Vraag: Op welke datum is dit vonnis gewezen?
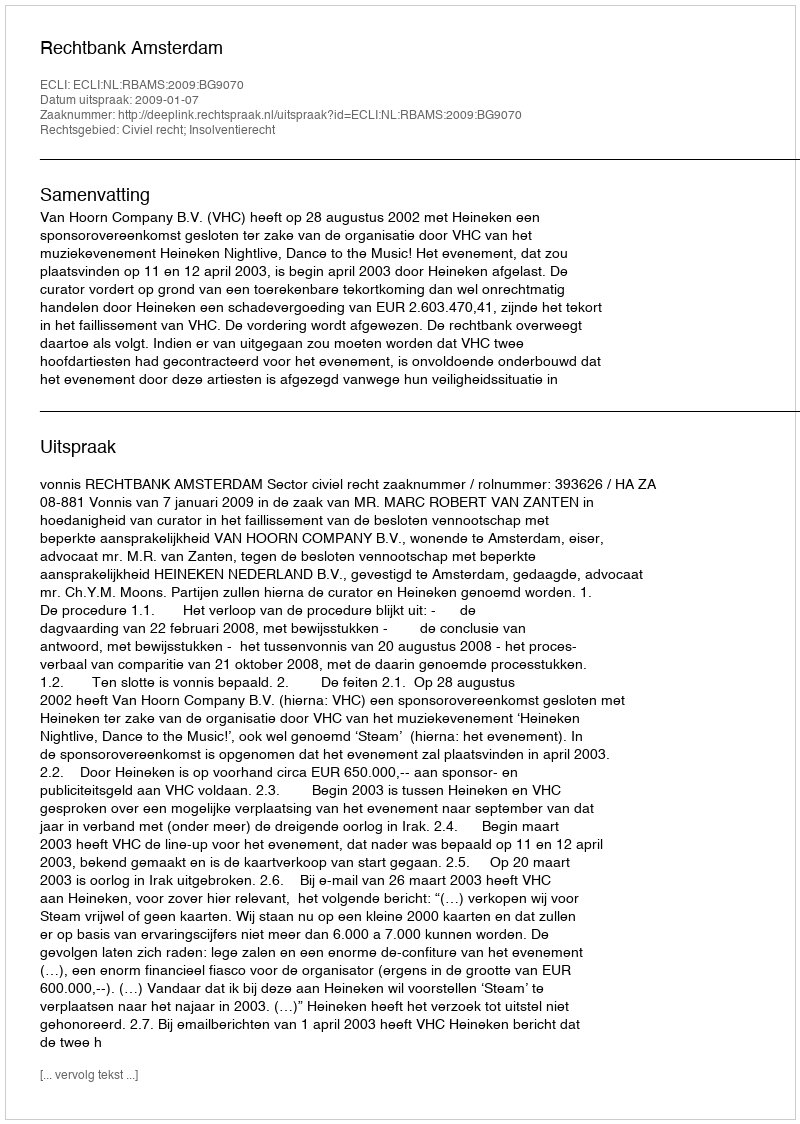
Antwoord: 2009-01-07